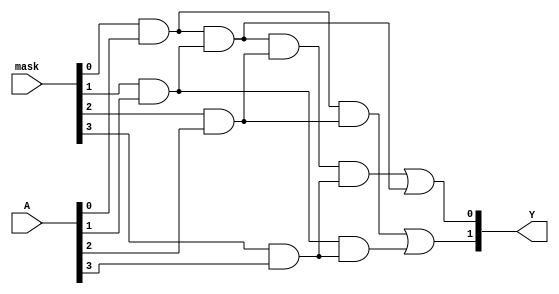
module masked_pal (
    input wire [3:0] A,      // 4-bit input
    input wire [3:0] mask,   // 4-bit mask for AND gates
    output wire [1:0] Y      // 2-bit output
);

// AND Plane
wire [3:0] and_out; // Outputs from AND gates

// AND gate implementations with masking
assign and_out[0] = (mask[0] & A[0]) & (mask[1] & A[1]) & (mask[2] & A[2]) & (mask[3] & A[3]);
assign and_out[1] = (mask[0] & A[0]) & (mask[1] & A[1]);
assign and_out[2] = (mask[0] & A[0]) & (mask[2] & A[2]);
assign and_out[3] = (mask[1] & A[1]) & (mask[3] & A[3]);

// OR Plane (fixed)
assign Y[0] = and_out[0] | and_out[1]; // Output 1
assign Y[1] = and_out[2] | and_out[3]; // Output 2

endmodule